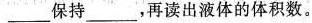
___保持__，再读出液体的体积数。